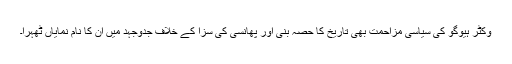
وکٹر ہیوگو کی سیاسی مزاحمت بھی تاریخ کا حصہ بنی اور پھانسی کی سزا کے خلاف جدوجہد میں ان کا نام نمایاں ٹھہرا۔